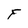
Character: F